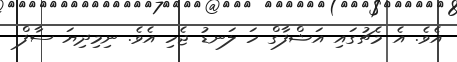
އެވެ. އެ މެޗުގައި އަޝްފާގް ހަ ލަނޑު ޖެހި އެވެ. ނިމިދިޔަ ސާފް